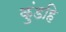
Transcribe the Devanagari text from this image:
कुंडहि